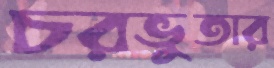
চরভুতার